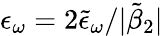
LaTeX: \epsilon_{\omega}=2\tilde{\epsilon}_{\omega}/|\tilde{\beta}_{2}|